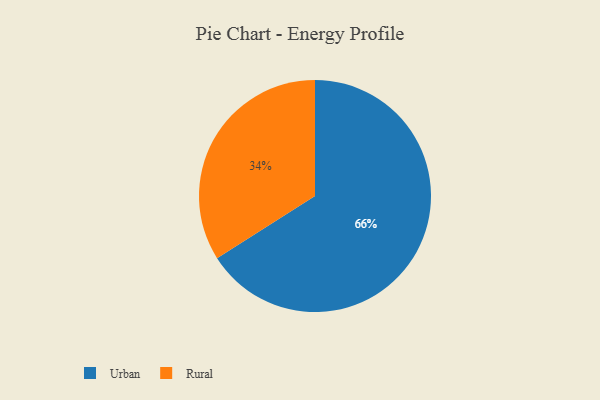
{"axis": {"x": "Category", "y": "Percentage"}, "legend": ["Rural", "Urban"], "data": [{"x": "Urban", "y": 66, "type": "Urban"}, {"x": "Rural", "y": 34, "type": "Rural"}]}